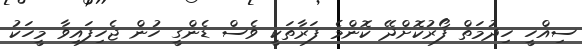
ސިއްހީ ހިދުމަތް ފޯރުކޮށްދޭ ކޮންމެ ފަރާތަކީ ވެސް ޑެންގީ ހުން ޖެހިފައިވާ މީހަކު